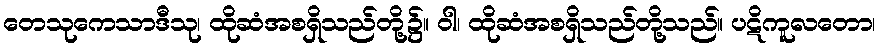
တေသုကေသာဒီသု၊ ထိုဆံအစရှိသည်တို့၌။ ဝါ၊ ထိုဆံအစရှိသည်တို့သည်။ ပဋိကူလတော၊